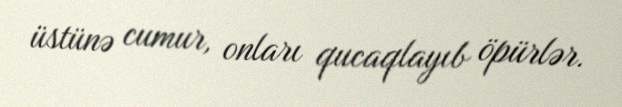
üstünə cumur, onları qucaqlayıb öpürlər.